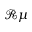
{ \mathcal R } \mu